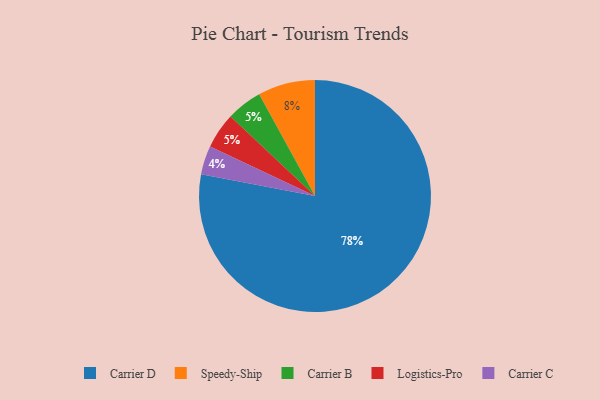
{"axis": {"x": "Category", "y": "Percentage"}, "legend": ["Carrier B", "Carrier C", "Carrier D", "Logistics-Pro", "Speedy-Ship"], "data": [{"x": "Carrier D", "y": 78, "type": "Carrier D"}, {"x": "Carrier C", "y": 4, "type": "Carrier C"}, {"x": "Carrier B", "y": 5, "type": "Carrier B"}, {"x": "Logistics-Pro", "y": 5, "type": "Logistics-Pro"}, {"x": "Speedy-Ship", "y": 8, "type": "Speedy-Ship"}]}